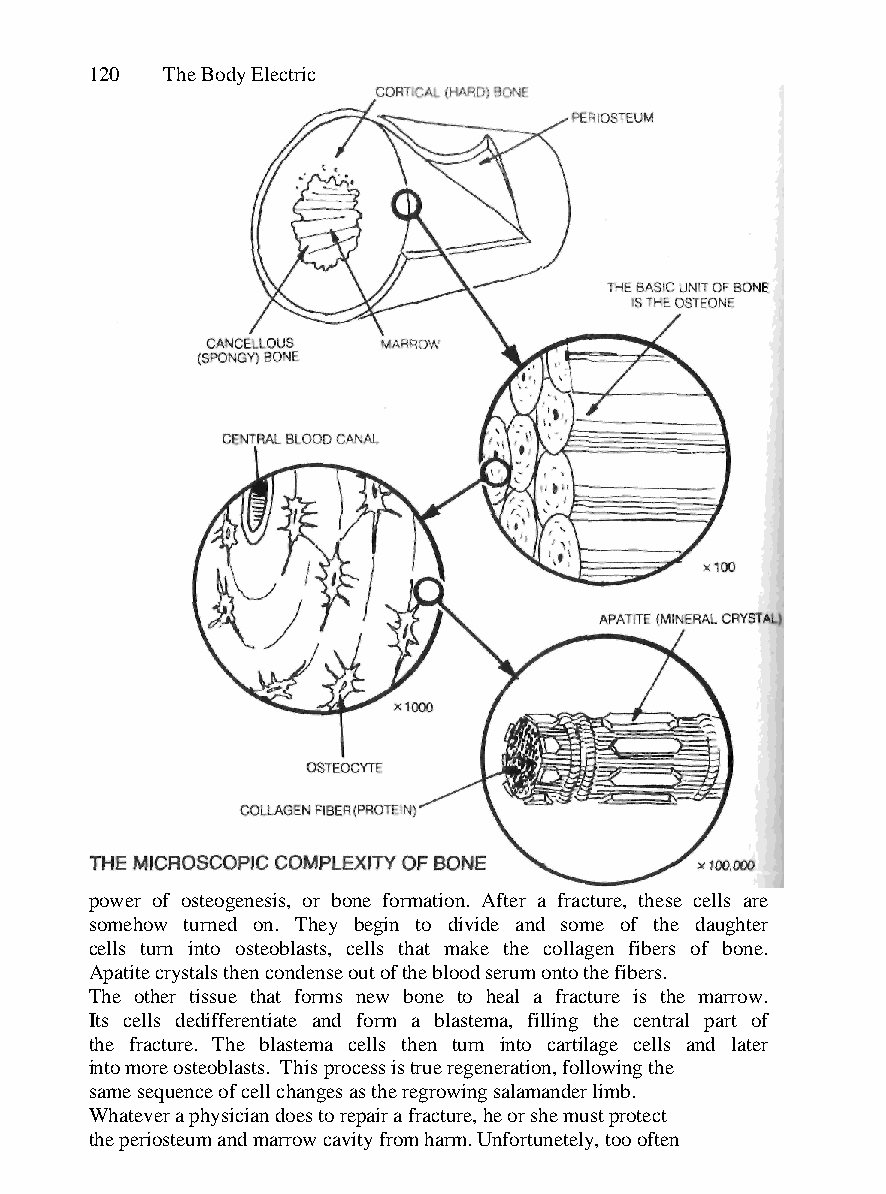
120  The Body Electric
 power of osteogenesis, or bone formation. After a fracture, these cells are
 somehow turned on. They begin to divide and some of the daughter
 cells turn into osteoblasts, cells that make the collagen fibers of bone.
 Apatite crystals then condense out of the blood serum onto the fibers.
 The other tissue that forms new bone to heal a fracture is the marrow.
 Its cells dedifferentiate and form a blastema, filling the central part of
 the fracture. The blastema cells then turn into cartilage cells and later
 into more osteoblasts. This process is true regeneration, following the
 same sequence of cell changes as the regrowing salamander limb.
 Whatever a physician does to repair a fracture, he or she must protect
 the periosteum and marrow cavity from harm. Unfortunetely, too often